Lunatic asylums Madras 1892-1911 - 1892-1911
Year: 1892
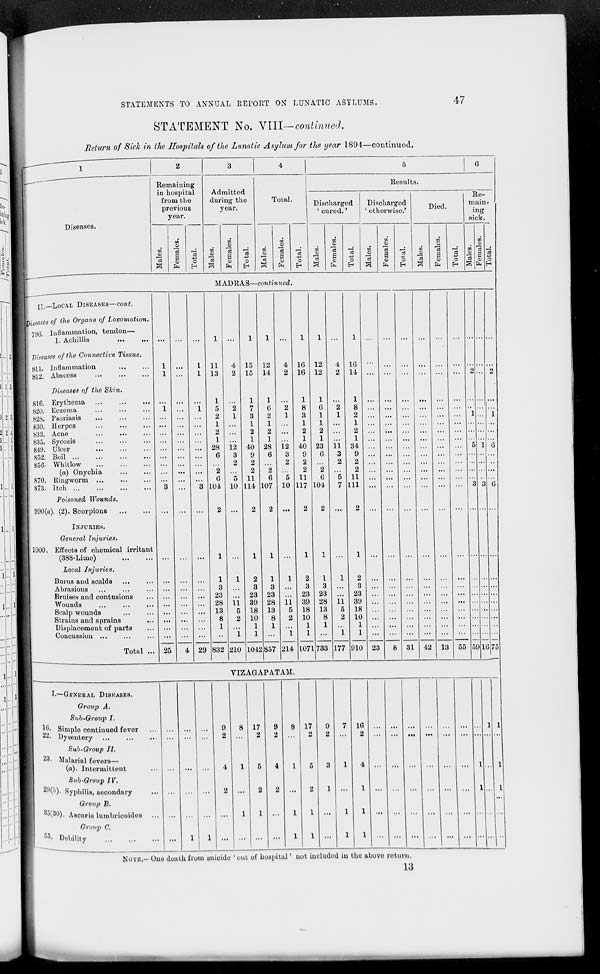
STATEMENTS TO ANNUAL REPORT ON LUNATIC ASYLUMS.
47
STATEMENT No. VIII—continued.
Return of Sick in the Hospitals of the Lunatic Asylum for the year 1894—continued.
1
2
3
4
5
G
Remaining
Results.
in hospital
Admitted
Re-
main-
ing
from the
previous
during the
year.
Total.
Discharged
' cured.'
Discharged
' otherwise.'
Died.
year.
sick.
Diseases.
GO
CD
CD
09
OS
CD
CO
CD
GO
o
CO
CD
m
cd
cd
cd
ed
GO
CO
a>
a cd CD a -w 01 i 43 CD a cd CO a cd CD a cd 0) a cd
CD
O
CD
o
0)
o
CO
o
<u
O
Cd
CD
O
cd CD O
y fa H a fa EH y fa H ^ fa H a fa H S fa EH M fa H
MADRAS- -cotiffriwed.
H—LOCAL DISEASES—co?i^.
[iseases of the Organs of Locomotion.
796. Inflammation, tendon—
I. Achillis
Diseases of the Connective Tissue.
811. Inflammation
812. Abscess
...
Diseases of the Shin.
816. Erythema
820. Eczema
82S. Psoriasis
830. llerpos
833. Acne
835. Sycosis
849. Ulcer
852. Boil ...
856- Whitlow
(a) Onychia
870. Riugworm
873. Itch ...
Poisoned Wounds.
990(a). (2). Scorpions
INJURIES.
1000.
General Injuries.
Effects of chemical irritant
(388-Limc)
Local Injuries.
Burns and scalds
Abrasions
Bruises and contusions
Wounds
Scalp wounds
Strains and sprains
Displacement of parts
Concussion ...
Total ... 25
11
13
1
5
2
1
2
1
28
6
104
12
3
2
10
15
15
1
7
3
1
2
1
40
9
2
2
11
114
4 I 29
1
3
23
28
13
8
1
11
5
2
12
14
1
6
2
1
2
1
28
6
107
832 |210
2
3
23
39
18
10
1
1
1012
12
3
2
10
16
16
1
8
3
1
2
1
40
9
2
2
11
117
1
3
23
28
13
8
1
857
11
5
2
214
2
3
23
39
18
10
1
1
12
12
1
6
1
1
2
1
23
6
104
11
3
2
16
14
1
8
2
1
2
1
34
9
2
2
11
111
1071
1
3
23
28
13
8
1
733
11
5
2
177
2
3
23
3D
18
10
1
1
910 23
31 42 13
59 1675
VIZACAPATAM.
I.—GENERAL DISEASES.
Group A.
Sub-Group I.
10. Simplo continued fover
—• Dysentery
Sub-Group II.
23. Malarial fevers—
(a). Intermittent
Sub-Group IV.
w(b)i Syphilis, secondary
Group B.
35(30). Ascaris lumbricoidos
Group C.
r ' 5 . Debility
1 I 1
17
2
1 I 5 | 4
17
2
16
2
H ...
NOTE - Ouo duutk from suicido ' out of hospital' not included in tho above return.
13